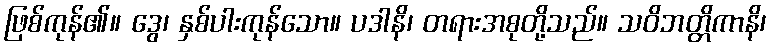
ဖြစ်ကုန်၏။ ဒွေ၊ နှစ်ပါးကုန်သော။ ပဒါနိ၊ တရားအစုတို့သည်။ သဝိဘတ္တိကာနိ၊